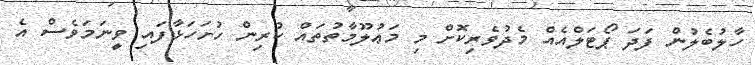
ހާލުބެލުން ފަދަ ޕޯޓަލްއެއް މެދުވެރިކޮށް މި މަޢުލޫމާތުތައް ކުރިން ހުށަހަޅާފައި ވީނަމަވެސް އެ